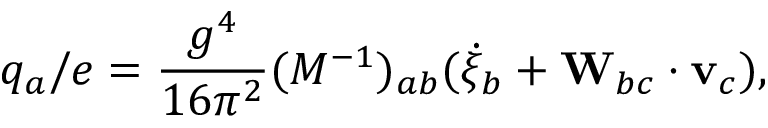
q _ { a } / e = \frac { g ^ { 4 } } { 1 6 \pi ^ { 2 } } ( M ^ { - 1 } ) _ { a b } ( \dot { \xi } _ { b } + { \bf W } _ { b c } \cdot { \bf v } _ { c } ) ,